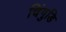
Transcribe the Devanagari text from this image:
चिंगुडि